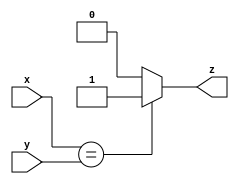
module ex_third (output  z, input  x, y);

  
  assign z = (x == y) ? 1 : 0 ;
 

endmodule